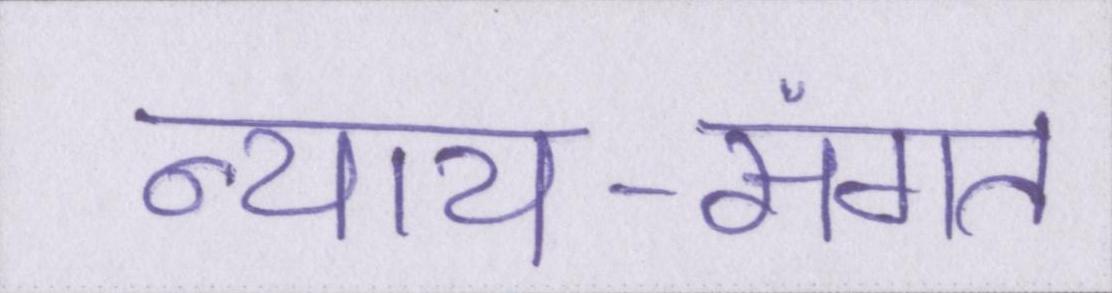
न्याय-संगत